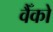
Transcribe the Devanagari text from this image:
वैँको